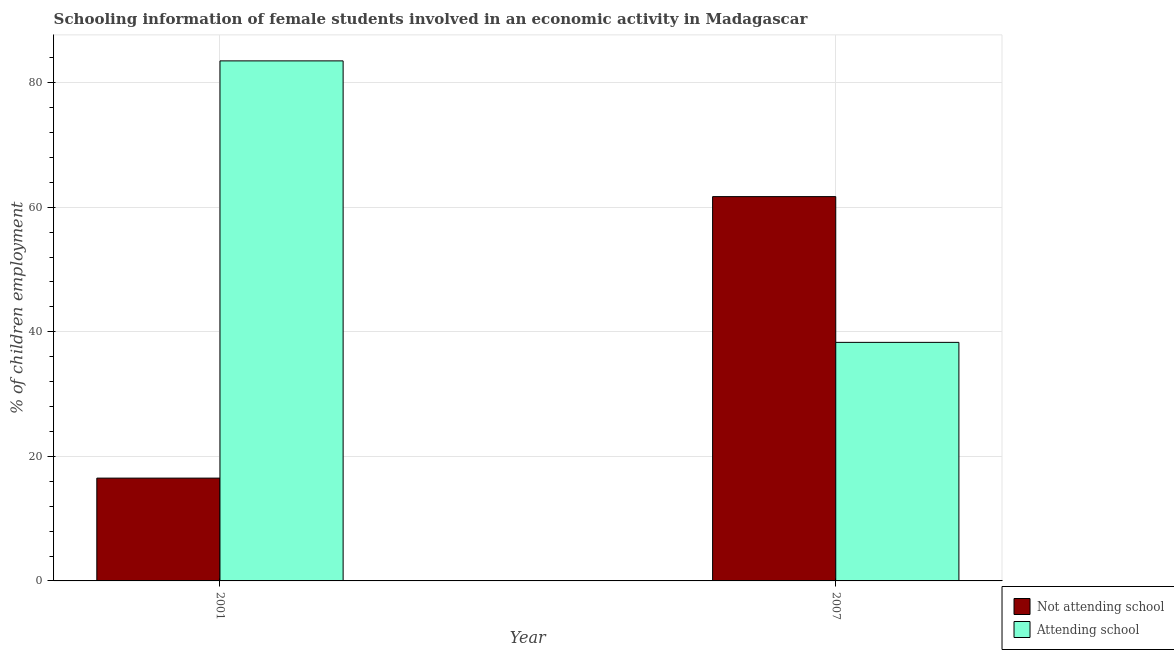
| Year | Not attending school | Attending school |
 | --- | --- | --- |
 | 2001 | 16.5 | 83.5 |
 | 2007 | 61.7 | 38.3 |